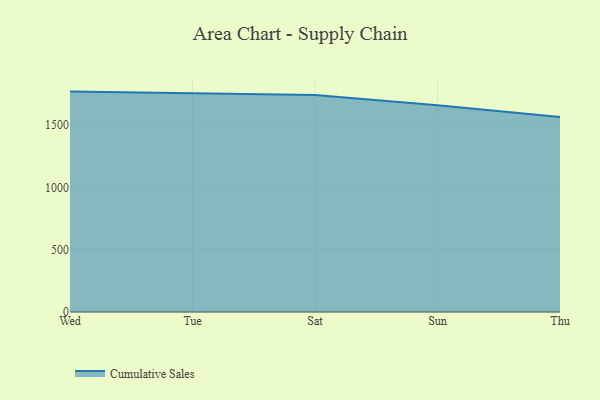
{"axis": {"x": "Day", "y": "Shipments"}, "legend": ["Cumulative Sales"], "data": [{"x": "Wed", "y": 1768.3, "type": "Cumulative Sales"}, {"x": "Tue", "y": 1756.9, "type": "Cumulative Sales"}, {"x": "Sat", "y": 1741.0, "type": "Cumulative Sales"}, {"x": "Sun", "y": 1658.2, "type": "Cumulative Sales"}, {"x": "Thu", "y": 1564.4, "type": "Cumulative Sales"}]}